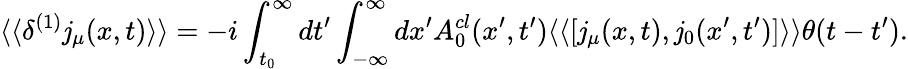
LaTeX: \langle\langle\delta^{(1)}\mathit{j}_{\mu}(x,t)\rangle\rangle=-i\int_{t_{0}}^{\infty}dt^{\prime}\int_{-\infty}^{\infty}dx^{\prime}A_{0}^{cl}(x^{\prime},t^{\prime})\langle\langle[\mathit{j}_{\mu}(x,t),\mathit{j}_{0}(x^{\prime},t^{\prime})]\rangle\rangle\theta(t-t^{\prime}).